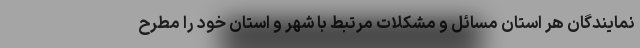
نمایندگان هر استان مسائل و مشکلات مرتبط با شهر و استان خود را مطرح